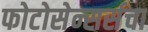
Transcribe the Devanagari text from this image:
फोटोसेन्सर्सचा